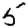
Digit: 5